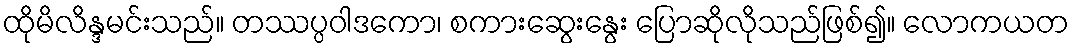
ထိုမိလိန္ဒမင်းသည်။ တဿပ္ပဝါဒကော၊ စကားဆွေးနွေး ပြောဆိုလိုသည်ဖြစ်၍။ လောကယတ